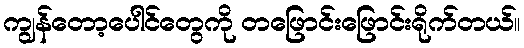
ကျွန်တော့ပေါင်တွေကို တဖြောင်းဖြောင်းရိုက်တယ်။